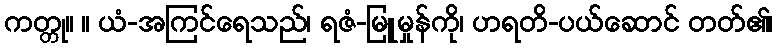
ကတ္တု။ ။ ယံ-အကြင်ရေသည်၊ ရဇံ-မြူမှုန်ကို၊ ဟရတိ-ပယ်ဆောင် တတ်၏၊